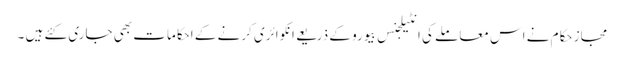
مجاز حکام نے اس معاملے کی انٹیلجنس بیورو کے ذریعے انکوائری کرنے کے احکامات بھی جاری کئے ہیں ۔